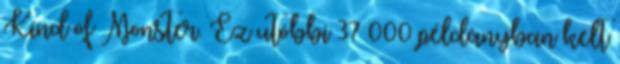
Kind of Monster. Ez utóbbi 37 000 példányban kelt